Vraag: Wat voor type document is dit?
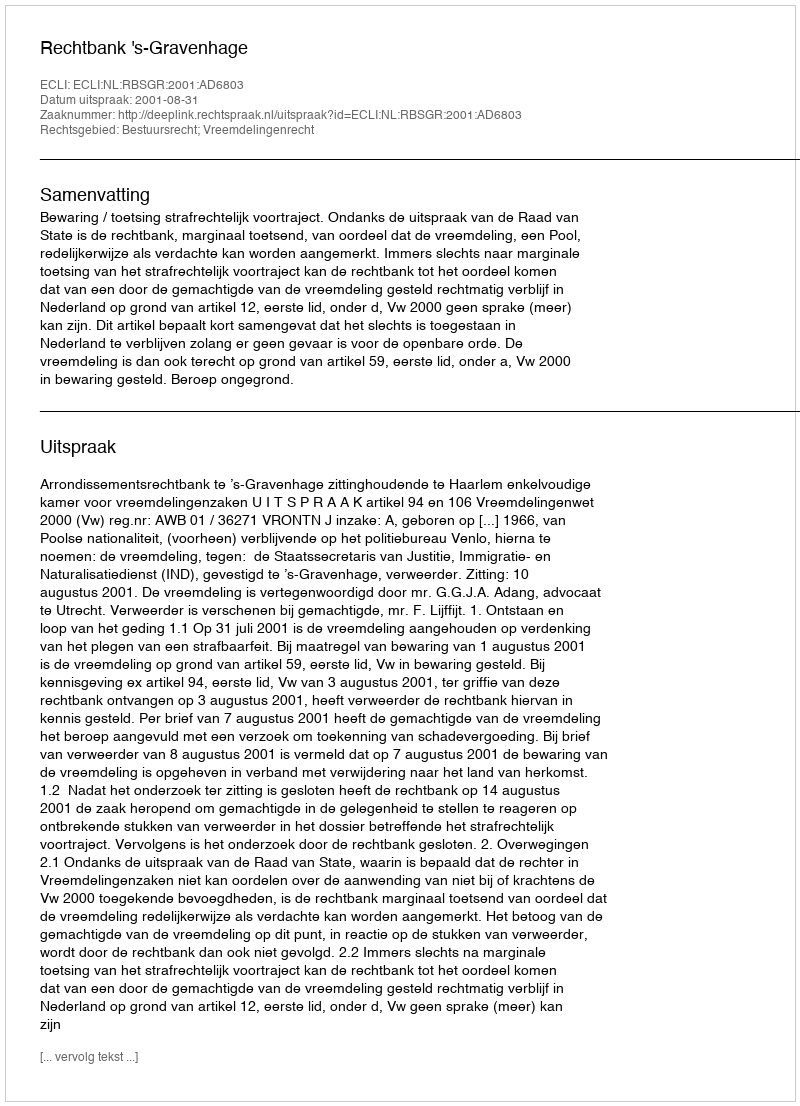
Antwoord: Uitspraak